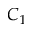
C _ { 1 }